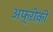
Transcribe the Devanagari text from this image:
अफ्ऱीक़ी